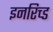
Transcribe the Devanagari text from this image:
इनरिच्ड